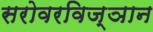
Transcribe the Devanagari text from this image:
सरोवरविज्ञान